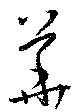
華